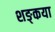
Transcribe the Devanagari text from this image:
शङ्कया